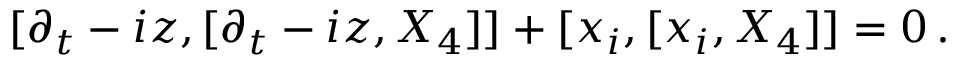
[ \partial _ { t } - i z , [ \partial _ { t } - i z , X _ { 4 } ] ] + [ x _ { i } , [ x _ { i } , X _ { 4 } ] ] = 0 \, .